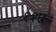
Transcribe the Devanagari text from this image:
११ए